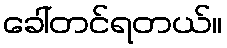
ခေါ်တင်ရတယ်။